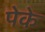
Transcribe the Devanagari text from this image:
पेके